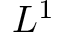
L ^ { 1 }